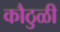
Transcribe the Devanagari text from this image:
कौठुळी